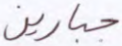
جبارين